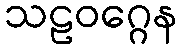
သဠဝဂ္ဂေန